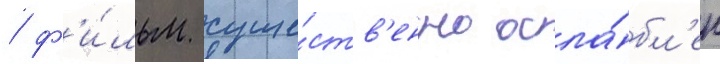
/ ф'и́льм суще́ств'енно осла́бл'ен